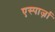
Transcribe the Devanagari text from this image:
एस्पार्ज़ा